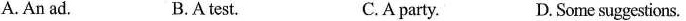
A. An ad. B.A test. C.A party. D. Some suggestions.